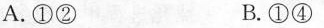
A.①② B.①④